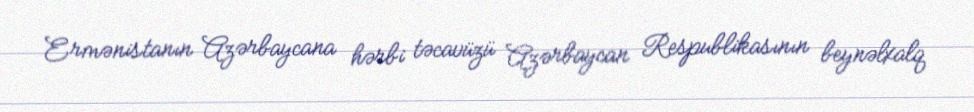
Ermənistanın Azərbaycana hərbi təcavüzü Azərbaycan Respublikasının beynəlxalq